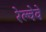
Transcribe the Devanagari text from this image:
रेल्वेवे